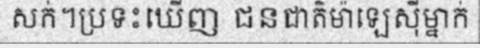
សក់។ប្រទះឃើញ ជនជាតិម៉ាឡេស៊ីម្នាក់